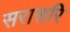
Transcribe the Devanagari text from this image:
सरासरि